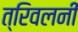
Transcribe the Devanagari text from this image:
त्रिवलनी